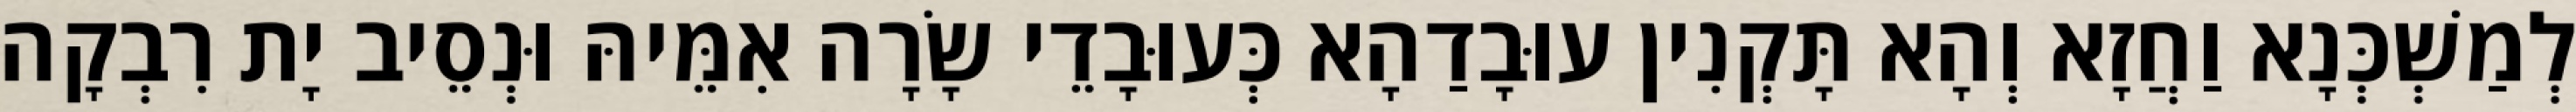
לְמַשְׁכְּנָא וַחֲזָא וְהָא תָּקְנִין עוּבָדַהָא כְּעוּבָדֵי שָׂרָה אִמֵּיהּ וּנְסֵיב יָת רִבְקָה